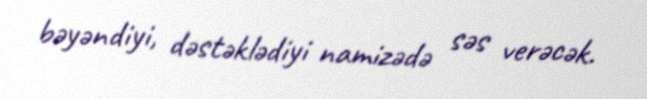
bəyəndiyi, dəstəklədiyi namizədə səs verəcək.